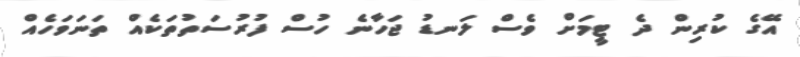
އޭގެ ކުރިން ދެ ޓީމަށް ވެސް ލަނޑު ޖަހާނެ ހުސް ފުރުސަތުތަކެއް ތަނަވަހެއް